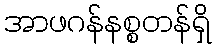
အာဖဂန်နစ္စတန်ရှိ